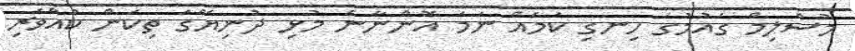
މުސްލިމް ގައުމުގަ ހިނގި ކަމެއް ނަމަ އޮންނާނެ މުޅި ދުނިޔޭގަ ތިކަން ކުއްވެރި